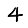
Digit: 4